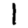
Digit: 1